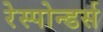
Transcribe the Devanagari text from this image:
रेस्पोन्डर्स